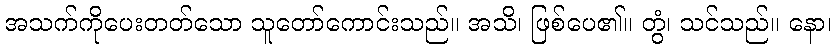
အသက်ကိုပေးတတ်သော သူတော်ကောင်းသည်။ အသိ၊ ဖြစ်ပေ၏။ တွံ၊ သင်သည်။ နော၊